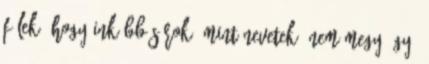
félek, hogy inkább sírok, mint nevetek. Nem megy így,